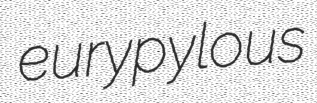
eurypylous